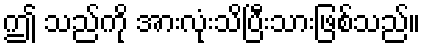
ဤ သည်ကို အားလုံးသိပြီးသားဖြစ်သည်။